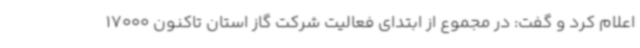
اعلام کرد و گفت: در مجموع از ابتدای فعالیت شرکت گاز استان تاکنون 17000